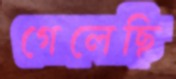
গেলেছি